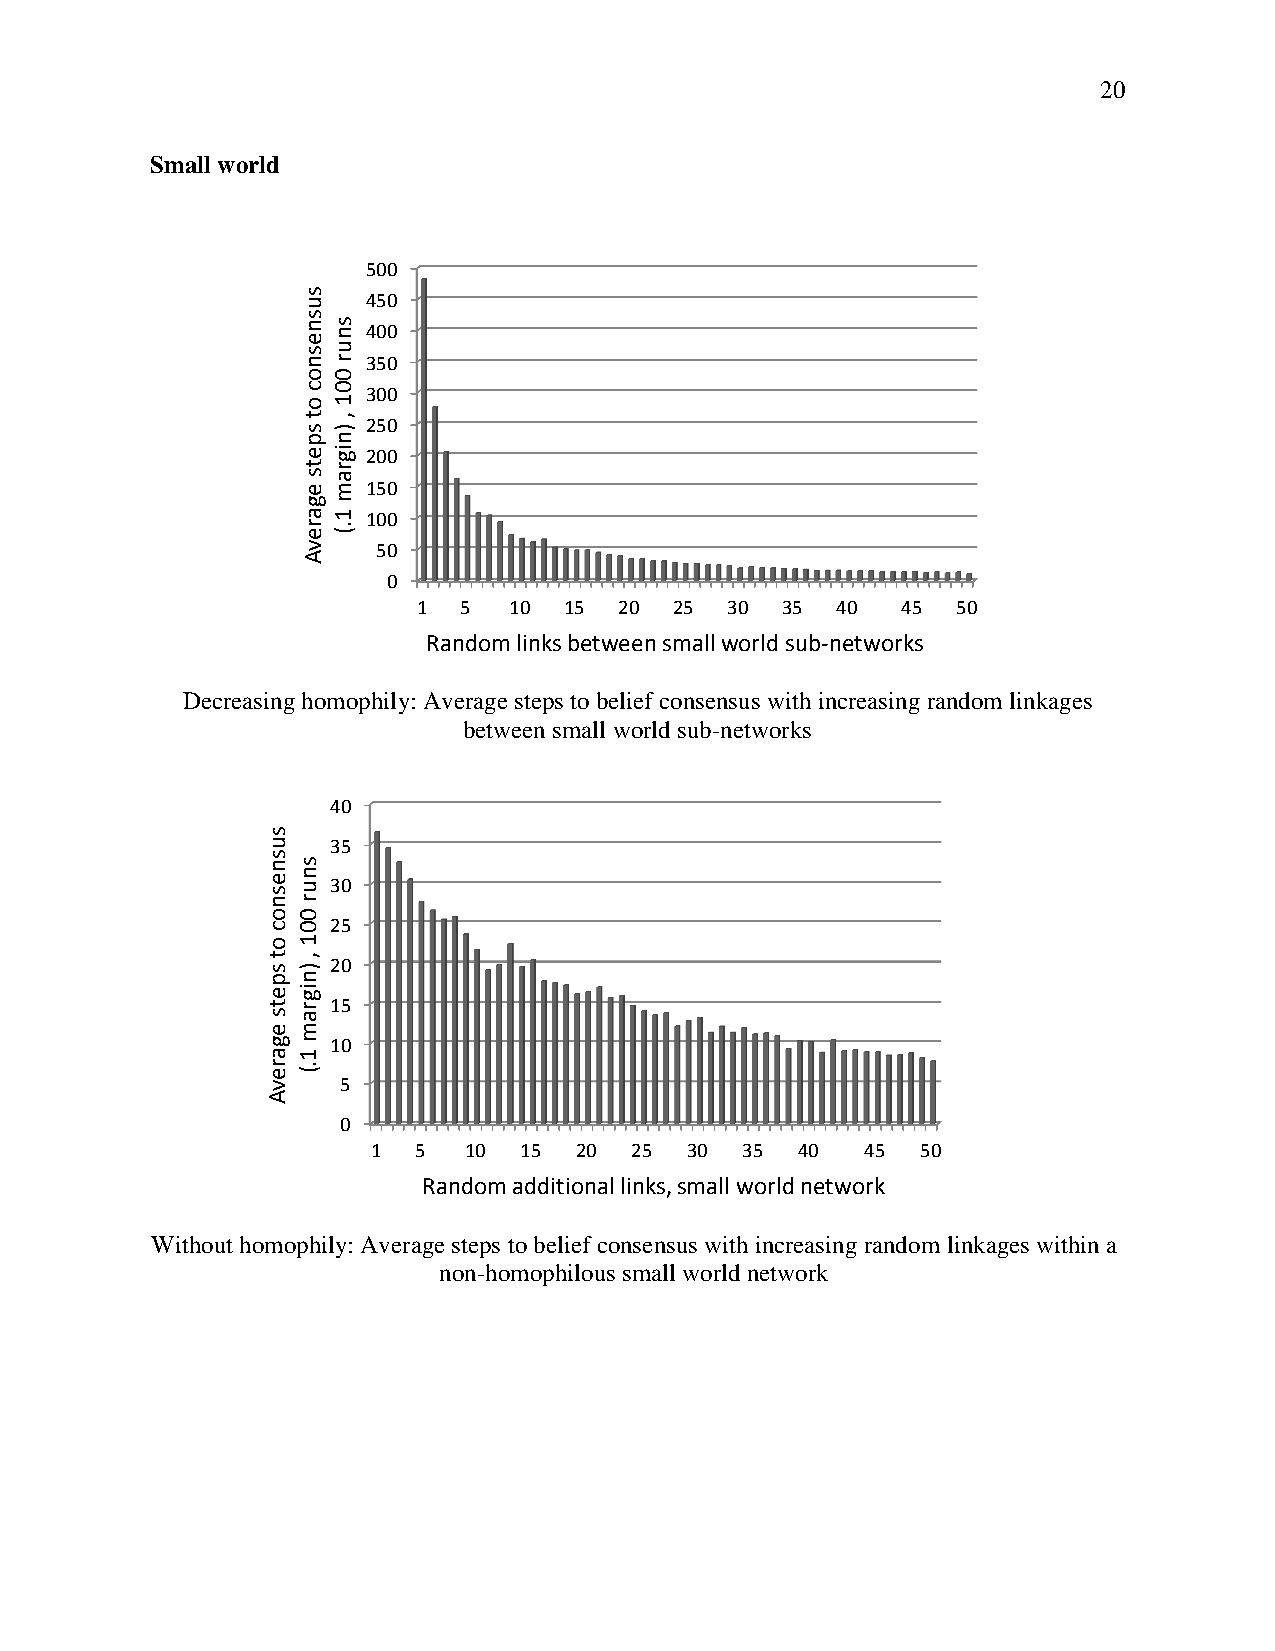
20
 Small world
 500
 450
 400
 350
 300
 250
 200
 150
 100
 50
 0
 1  5  10 15  20  25 30  35 40   45 50
 Random links between small world sub-networks
 Decreasing homophily: Average steps to belief consensus with increasing random linkages
 between small world sub-networks
 40
 35
 30
 25
 20
 15
 10
 5
 0
 1 5   10 15  20  25  30 35  40  45  50
 Random additional links, small world network
 Without homophily: Average steps to belief consensus with increasing random linkages within a
 non-homophilous small world network
 susnesnoc
 ot
 spets
 egarevA
 susnesnoc
 ot
 spets
 egarevA
 snur
 001
 ,
 )nigram
 1.(
 snur
 001
 ,
 )nigram
 1.(